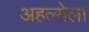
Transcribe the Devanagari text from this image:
अहल्येला